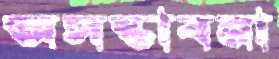
অসম্ভাবনা